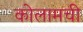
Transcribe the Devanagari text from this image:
कोलामची